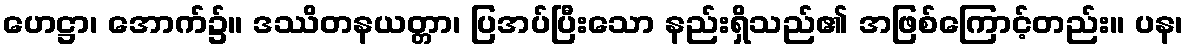
ဟေဋ္ဌာ၊ အောက်၌။ ဒဿိတနယတ္တာ၊ ပြအပ်ပြီးသော နည်းရှိသည်၏ အဖြစ်ကြောင့်တည်း။ ပန၊